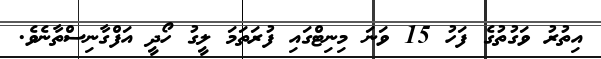
އިތުރު ވަގުތުގެ ފަހު 15 ވަނަ މިނިޓްގައި ފުރަތަމަ ލީގު ހޯދީ އަފްގާނިސްތާނެވެ.